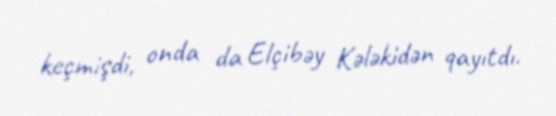
keçmişdi, onda da Elçibəy Kələkidən qayıtdı.